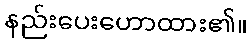
နည်းပေးဟောထား၏။